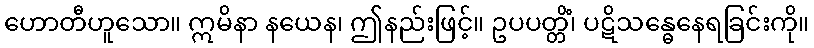
ဟောတီဟူသော။ ဣမိနာ နယေန၊ ဤနည်းဖြင့်။ ဥပပတ္တိံ၊ ပဋိသန္ဓေနေရခြင်းကို။